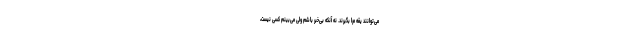
می‌توانند یقه مرا بگیرند. نه آنکه بی‌خبر باشم ولی می‌بینم کسی نیست،